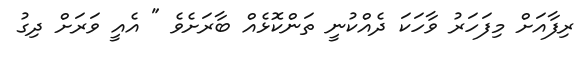
ރިފާއަށް މިފަހަރު ވާހަކަ ދެއްކުނީ ތަންކޮޅެއް ބާރަށެވެ " އެއީ ވަރަށް ދިގު